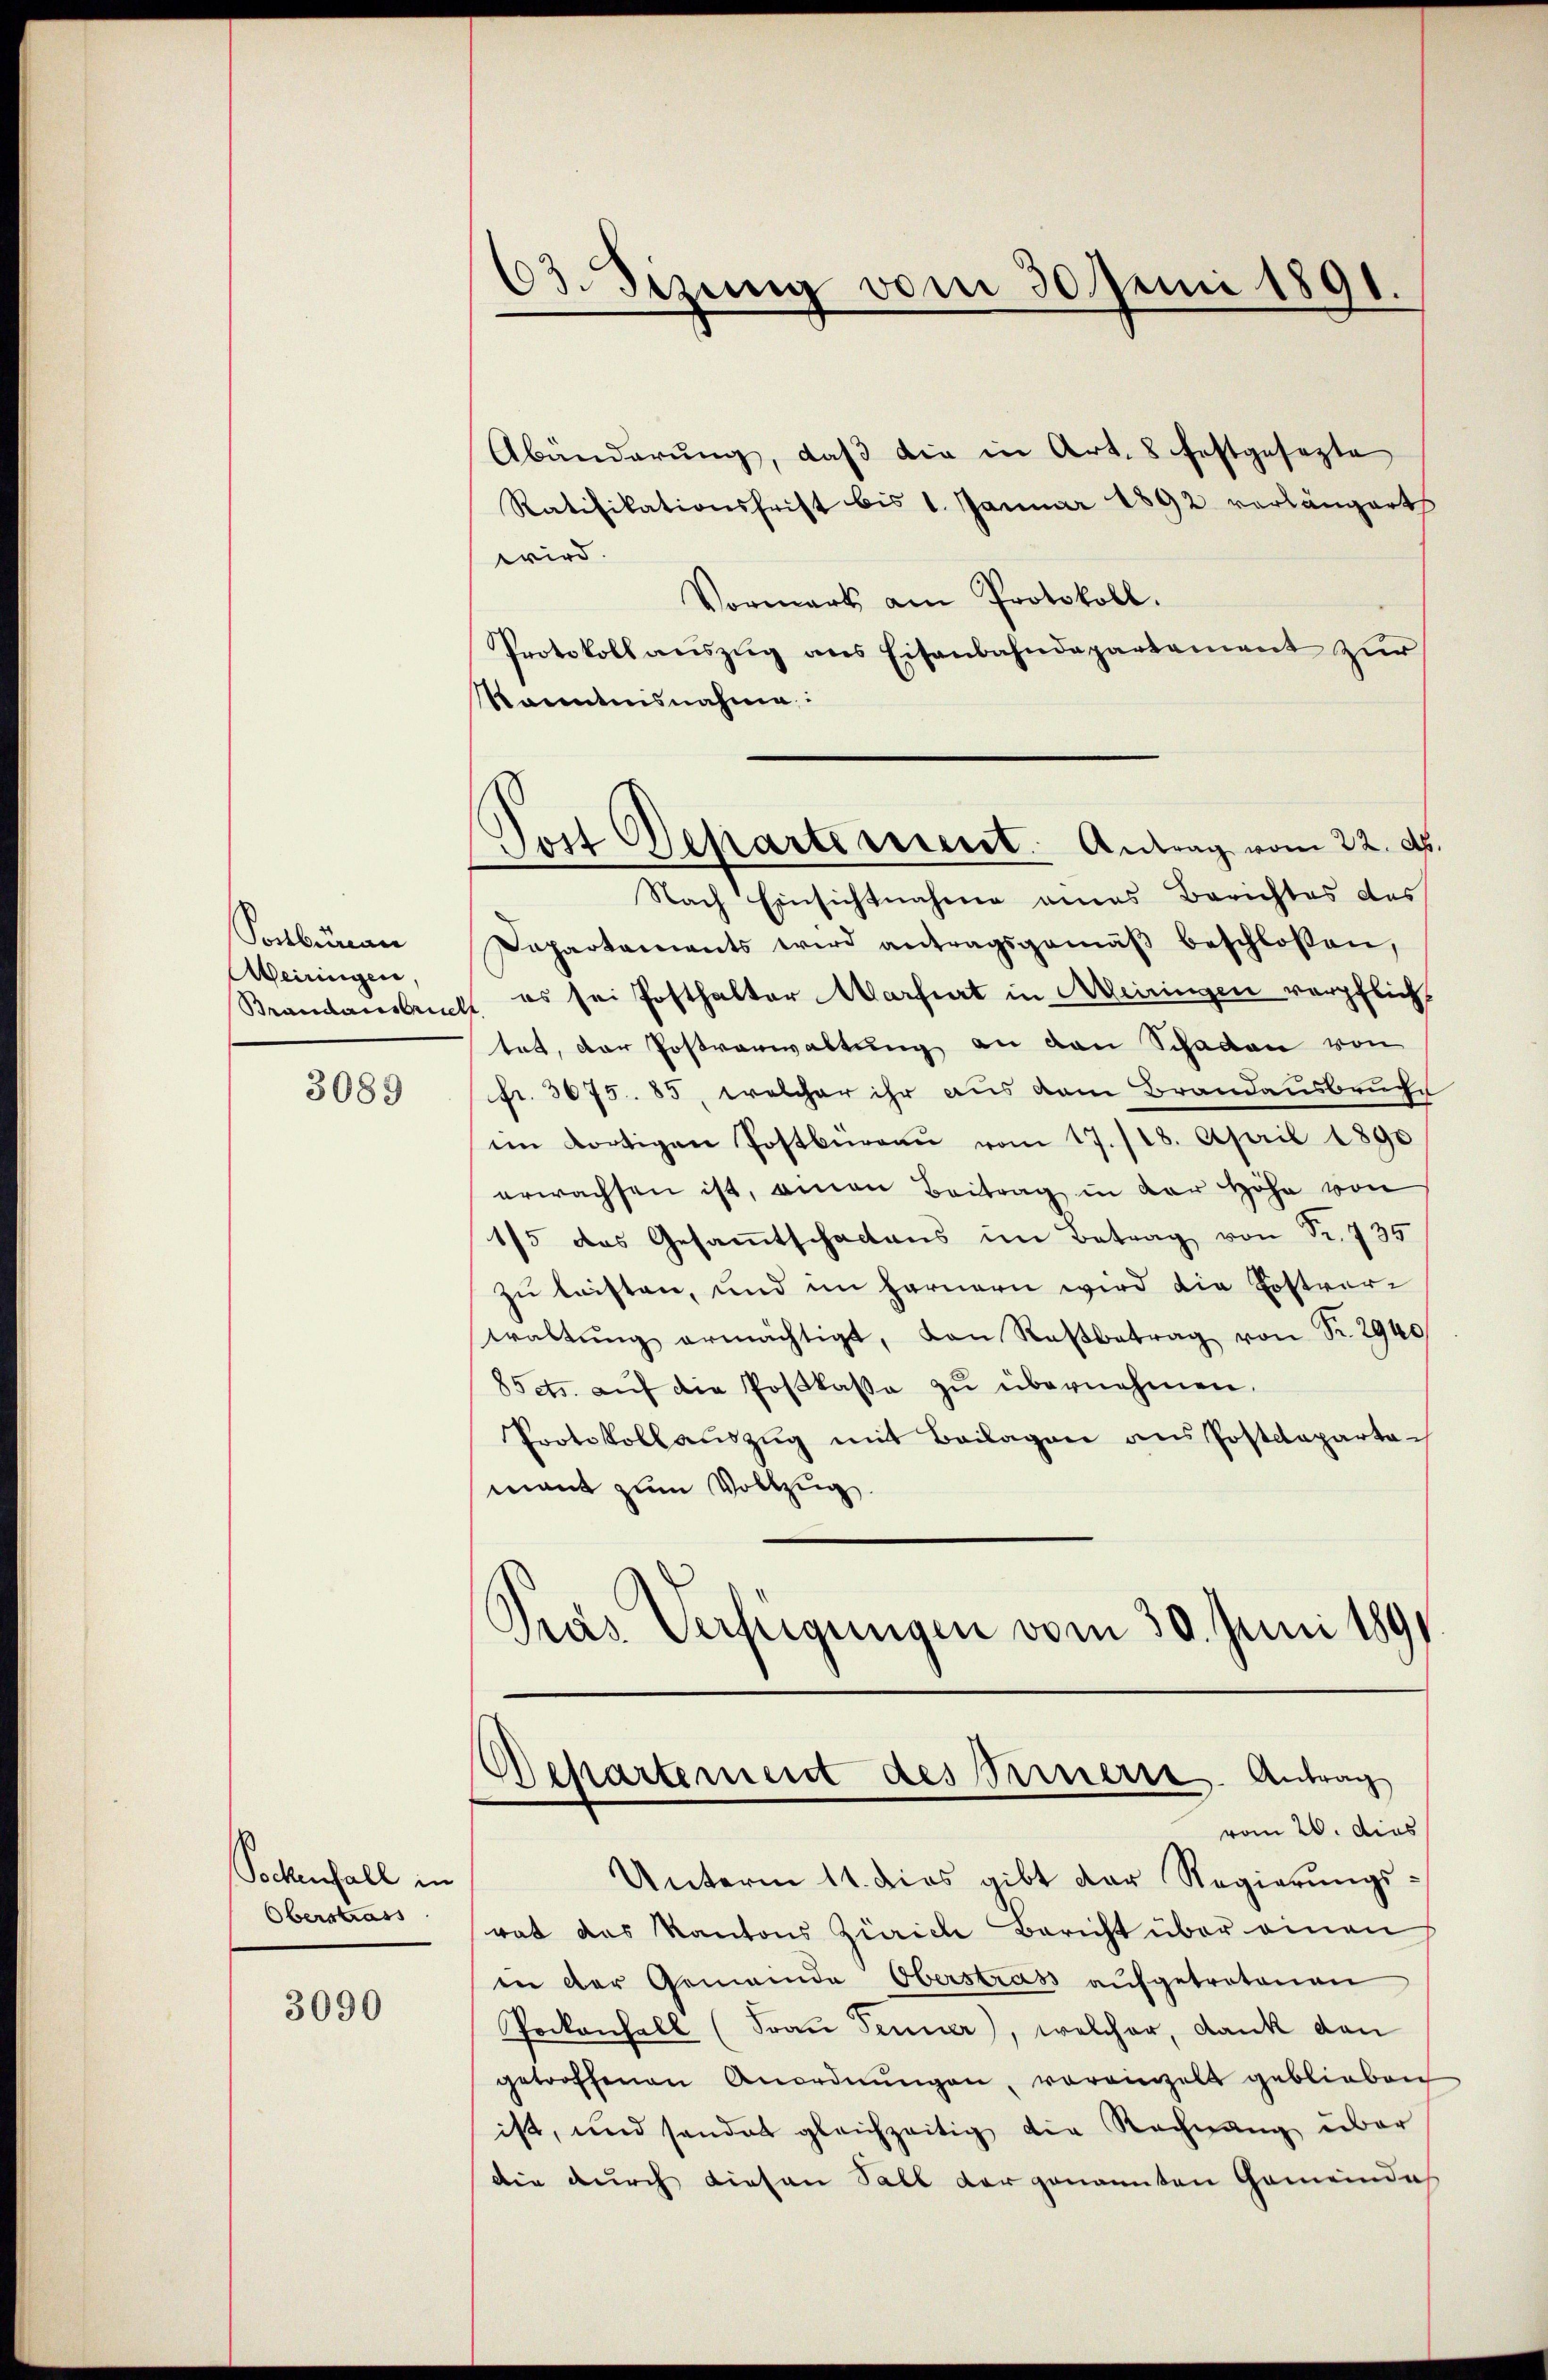
Sonbunau
Meiringen.
Brandausbruch

3089

Pockenfall in
Oberstrass

3090

03. Sizung vom 30 Juni 1891.

Jost Departerrent Antrag vom 22. d.

Abänderung, daß die in Art. 8 festgesezte
Ratifikationsfrist bis 1. Januar 1892 verlängert
wird
Vormark am Protokoll.
Protokoll auszug aus Eisenbahndepartement zur
känntnisnahme:
Nach Einsichtnahme eines Berichtes des
Dapartaments wird antragsgemäβ beschlossen,
es sei Posthalter Marfurt in Aleiringen verpflicht
tat, der Postverwaltung an den Schaden von
fr. 3075. 85, welcher ihr aus dem Brandausbruche
im dortigen Postburgau vom 17./18. April 1890
erwachsen ist, einen Beitrag in der Höhe von
1/5 das Gesammtschactens im Betrag von Fr. 735
zu leisten, und im fernern wird die Postverwaltŭng ermächtigt, von Roβbetrag von Fr. 2940
85ets. aŭf die Postkassa zŭ übernehmen.
Protokoll auszug mit Beilagen aus Postdepartamant zum Vollzug.
Gras Verfügungen vom 30. Juni 1891

Besartement des Fernern. Antrag
vom 20. dies

Unterm 11. dies gibt der Regierŭngs-
rat das Kantons Zürich Bericht über einen
in der Gemeinde Oberstrass aufgetretenen
Pockenhall (Frau Fenner), welcher, dank den
getroffenen Anordnŭngen, voreinzelt geblieben
ist, und sonder gleichzeitig die Rechnung über
die durch diesen Fall der genannten Gemeinde